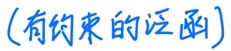
(有约束的泛函)